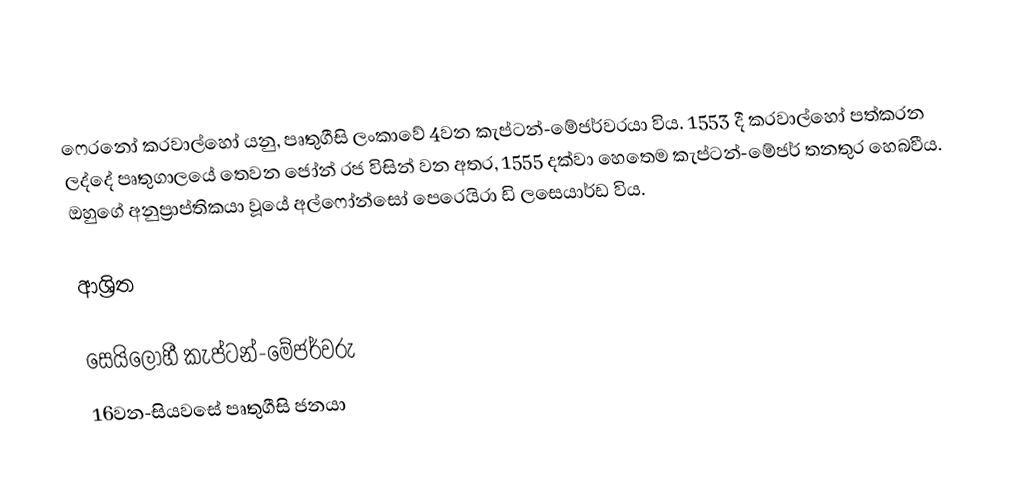
ෆෙරනෝ කරවාල්හෝ යනු,  පෘතුගීසි ලංකාවේ 4වන කැප්ටන්-මේජර්වරයා විය. 1553 දී  කරවාල්හෝ පත්කරන ලද්දේ  පෘතුගාලයේ තෙවන ජෝන් රජ විසින් වන අතර, 1555 දක්වා හෙතෙම කැප්ටන්-මේජර් තනතුර හෙබවීය. ඔහුගේ අනුප්‍රාප්තිකයා වූයේ අල්ෆෝන්සෝ පෙරෙයිරා ඩි ලසෙයාර්ඩ විය.

ආශ්‍රිත

 සෙයිලෝහී කැප්ටන්-මේජර්වරු
16වන-සියවසේ පෘතුගීසි ජනයා